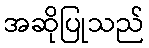
အဆိုပြုသည်